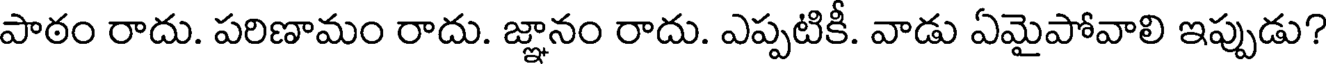
పాఠం రాదు. పరిణామం రాదు. జ్ఞానం రాదు. ఎప్పటికీ. వాడు ఏమైపోవాలి ఇప్పుడు?